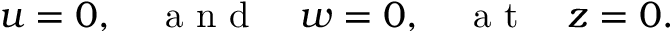
u = 0 , \quad \textrm { a n d } \quad w = 0 , \quad \textrm { a t } \quad z = 0 .